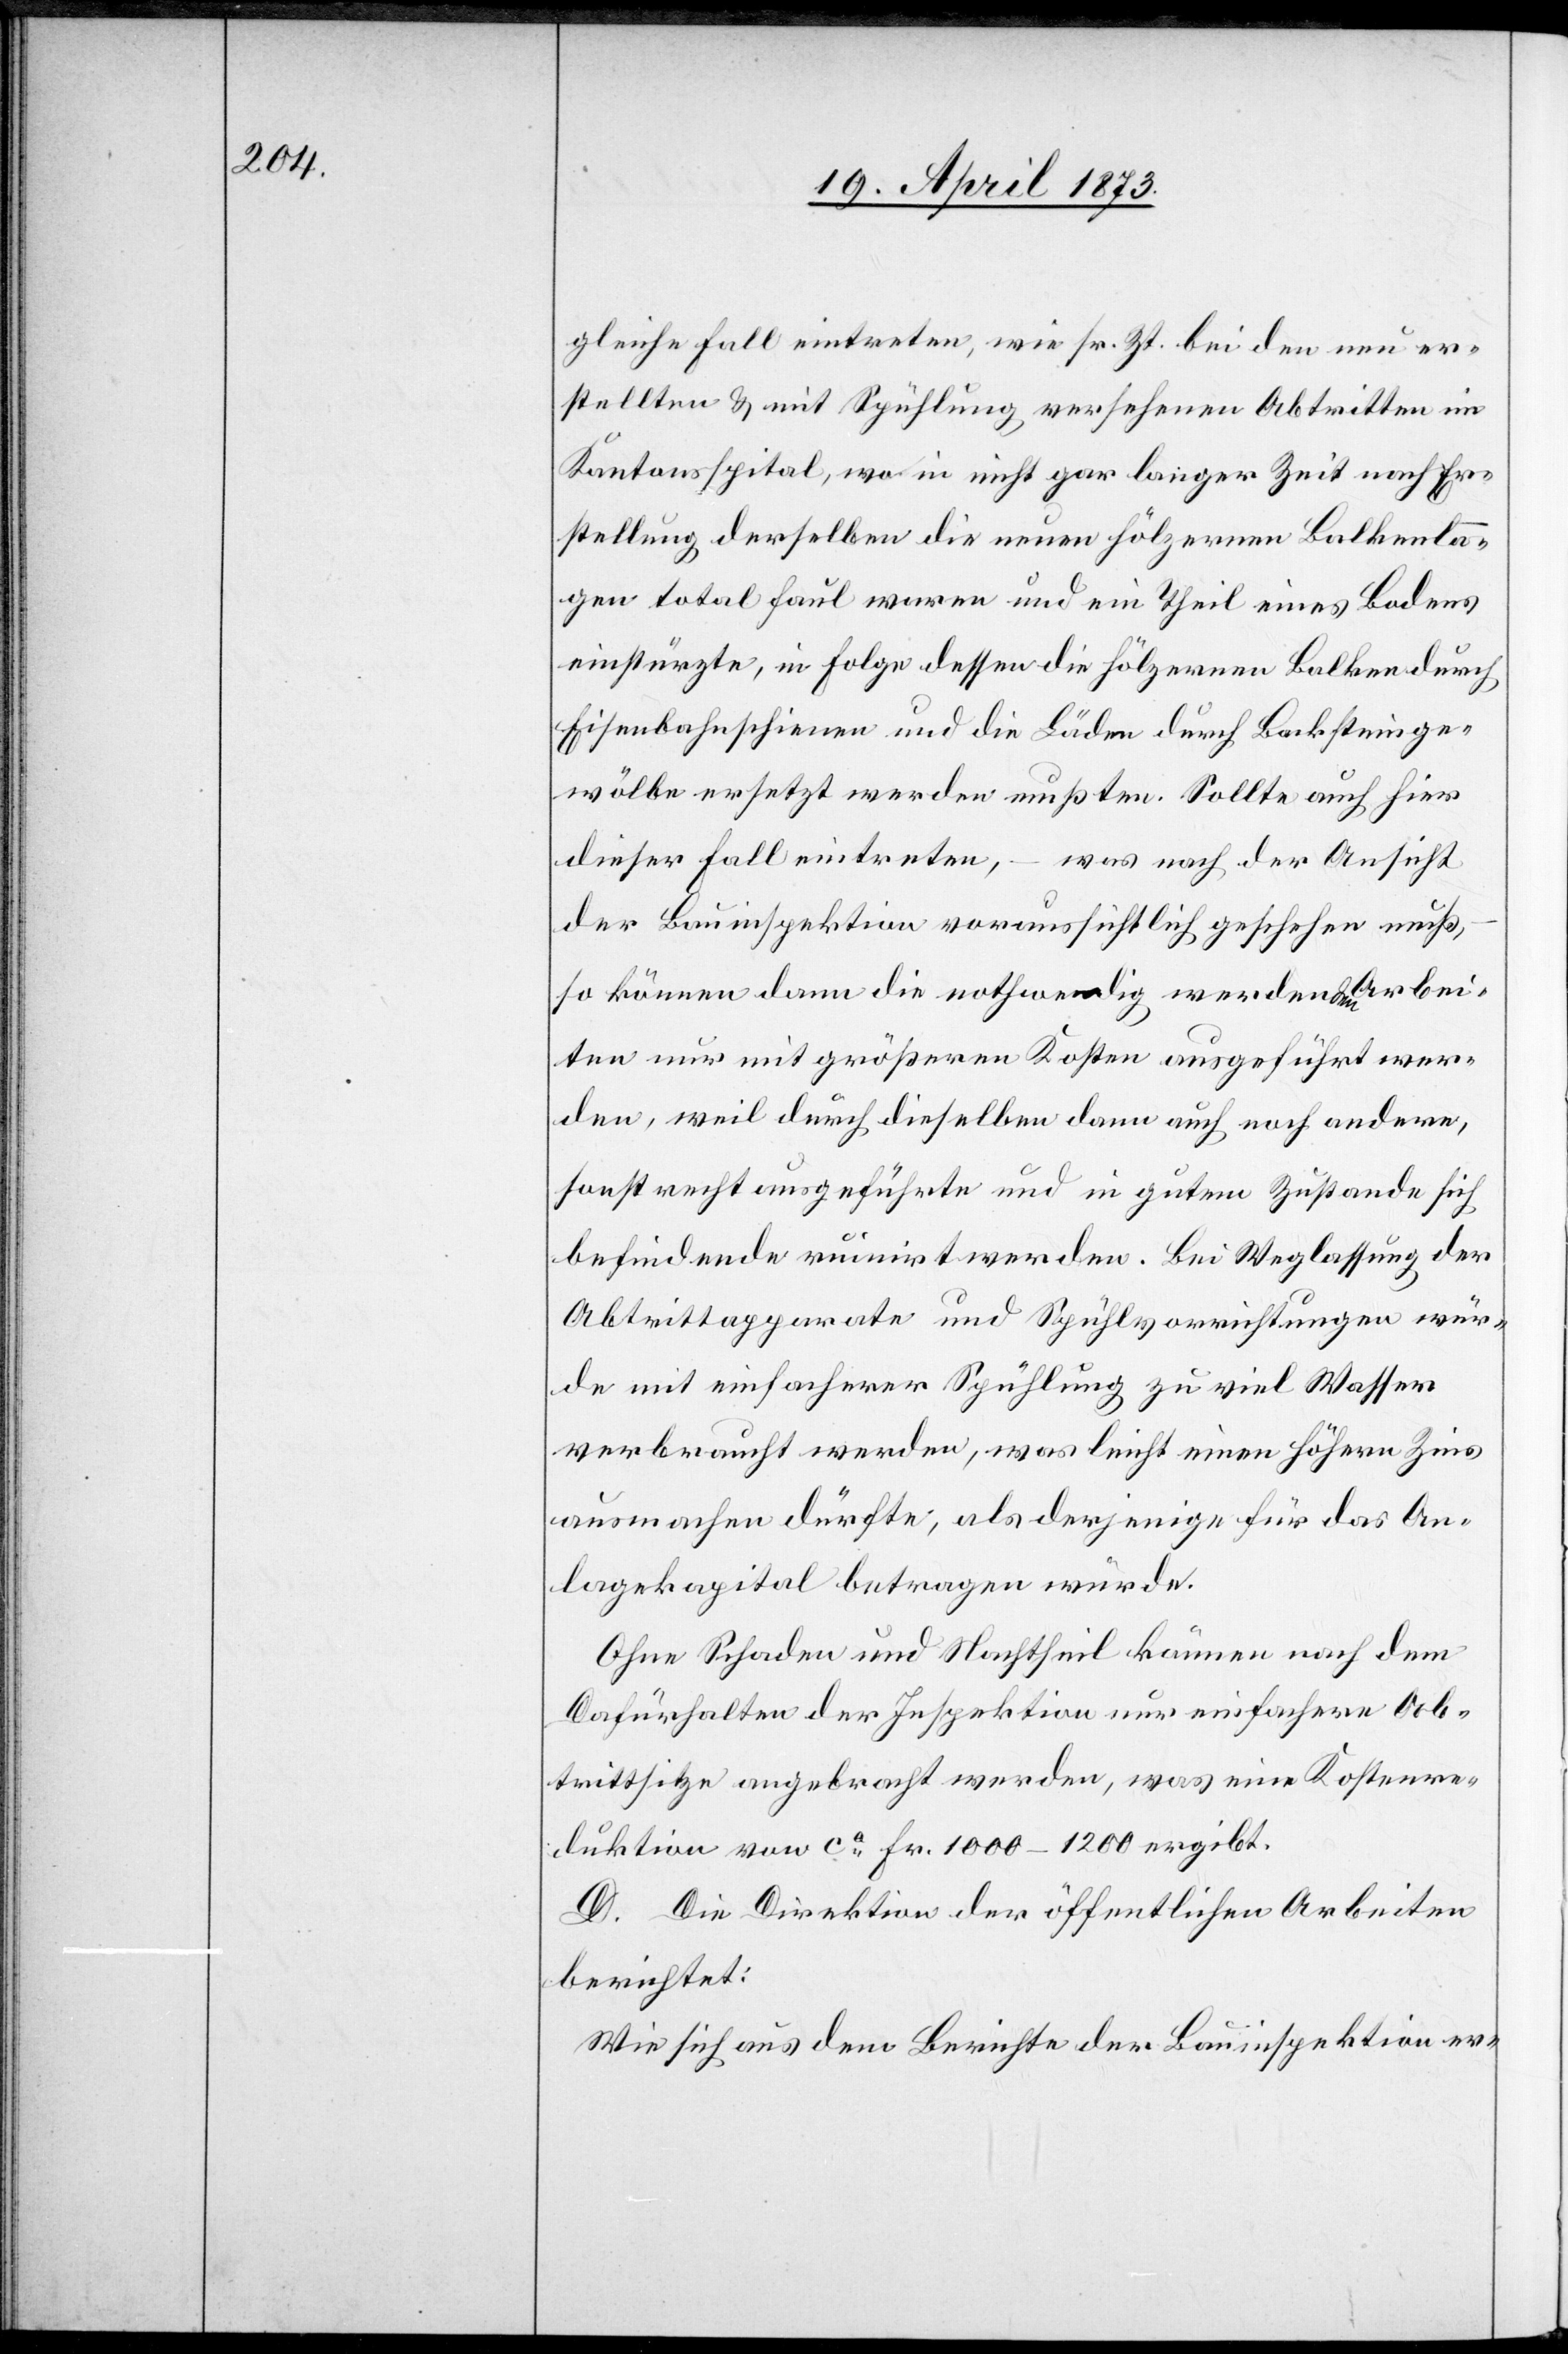
gleiche Fall eintreten, wie sr. Zt. bei den neu er¬
stellten & mit Spühlung versehenen Abtritten im
Kantonsspital, wo in nicht gar langer Zeit nach Er¬
stellung derselben die neuen hölzernen Balkenla¬
gen total faul waren und ein Theil eines Bodens
einstürzte, in Folge dessen die hölzernen Balken durch
Eisenbahnschienen und die Läden durch Backsteinge¬
wölbe ersetzt werden mußten. Sollte auch hier
dieser Fall eintreten, – was nach der Ansicht
der Bauinspektion voraussichtlich geschehen muß,
so können dann die nothwendig werdenden Arbei¬
ten nur mit größeren Kosten ausgeführt wer¬
den, weil durch dieselben dann auch noch andere,
sonst recht ausgeführte und in gutem Zustande sich
befindenden ruinirt werden. Bei Weglassung der
Abtrittapparate und Spühlvorrichtungen wür¬
de mit einfacherer Spühlung zu viel Wasser
verbraucht werden, was leicht einen höhern Zins
ausmachen dürfte, als derjenige für das An¬
lagekapital betragen würde.
Ohne Schaden und Nachtheil können nach dem
Dafürhalten der Inspektion nur einfachere Ab¬
trittsitze angebracht werden, was eine Kostenre¬
duktion von ca Fr. 1000-1200 ergibt.
D. Die Direktion der öffentlichen Arbeiten
berichtet:
Wie sich aus dem Berichte der Bauinspektion er-